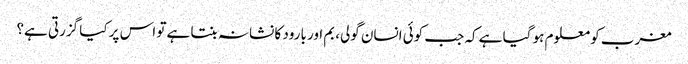
مغرب کو معلوم ہو گیا ہے کہ جب کوئی انسان گولی، بم اور بارود کا نشانہ بنتا ہے تو اس پر کیا گزرتی ہے؟